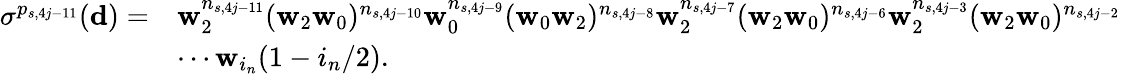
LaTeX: \begin{array}{rl}{\sigma^{p_{s,4j-11}}(\mathbf d)=}&{\mathbf w_{2}^{n_{s,4j-11}}(\mathbf w_{2}\mathbf w_{0})^{n_{s,4j-10}}\mathbf w_{0}^{n_{s,4j-9}}(\mathbf w_{0}\mathbf w_{2})^{n_{s,4j-8}}\mathbf w_{2}^{n_{s,4j-7}}(\mathbf w_{2}\mathbf w_{0})^{n_{s,4j-6}}\mathbf w_{2}^{n_{s,4j-3}}(\mathbf w_{2}\mathbf w_{0})^{n_{s,4j-2}}}\\ &{\cdots\mathbf w_{i_{n}}(1-i_{n}/2).}\end{array}